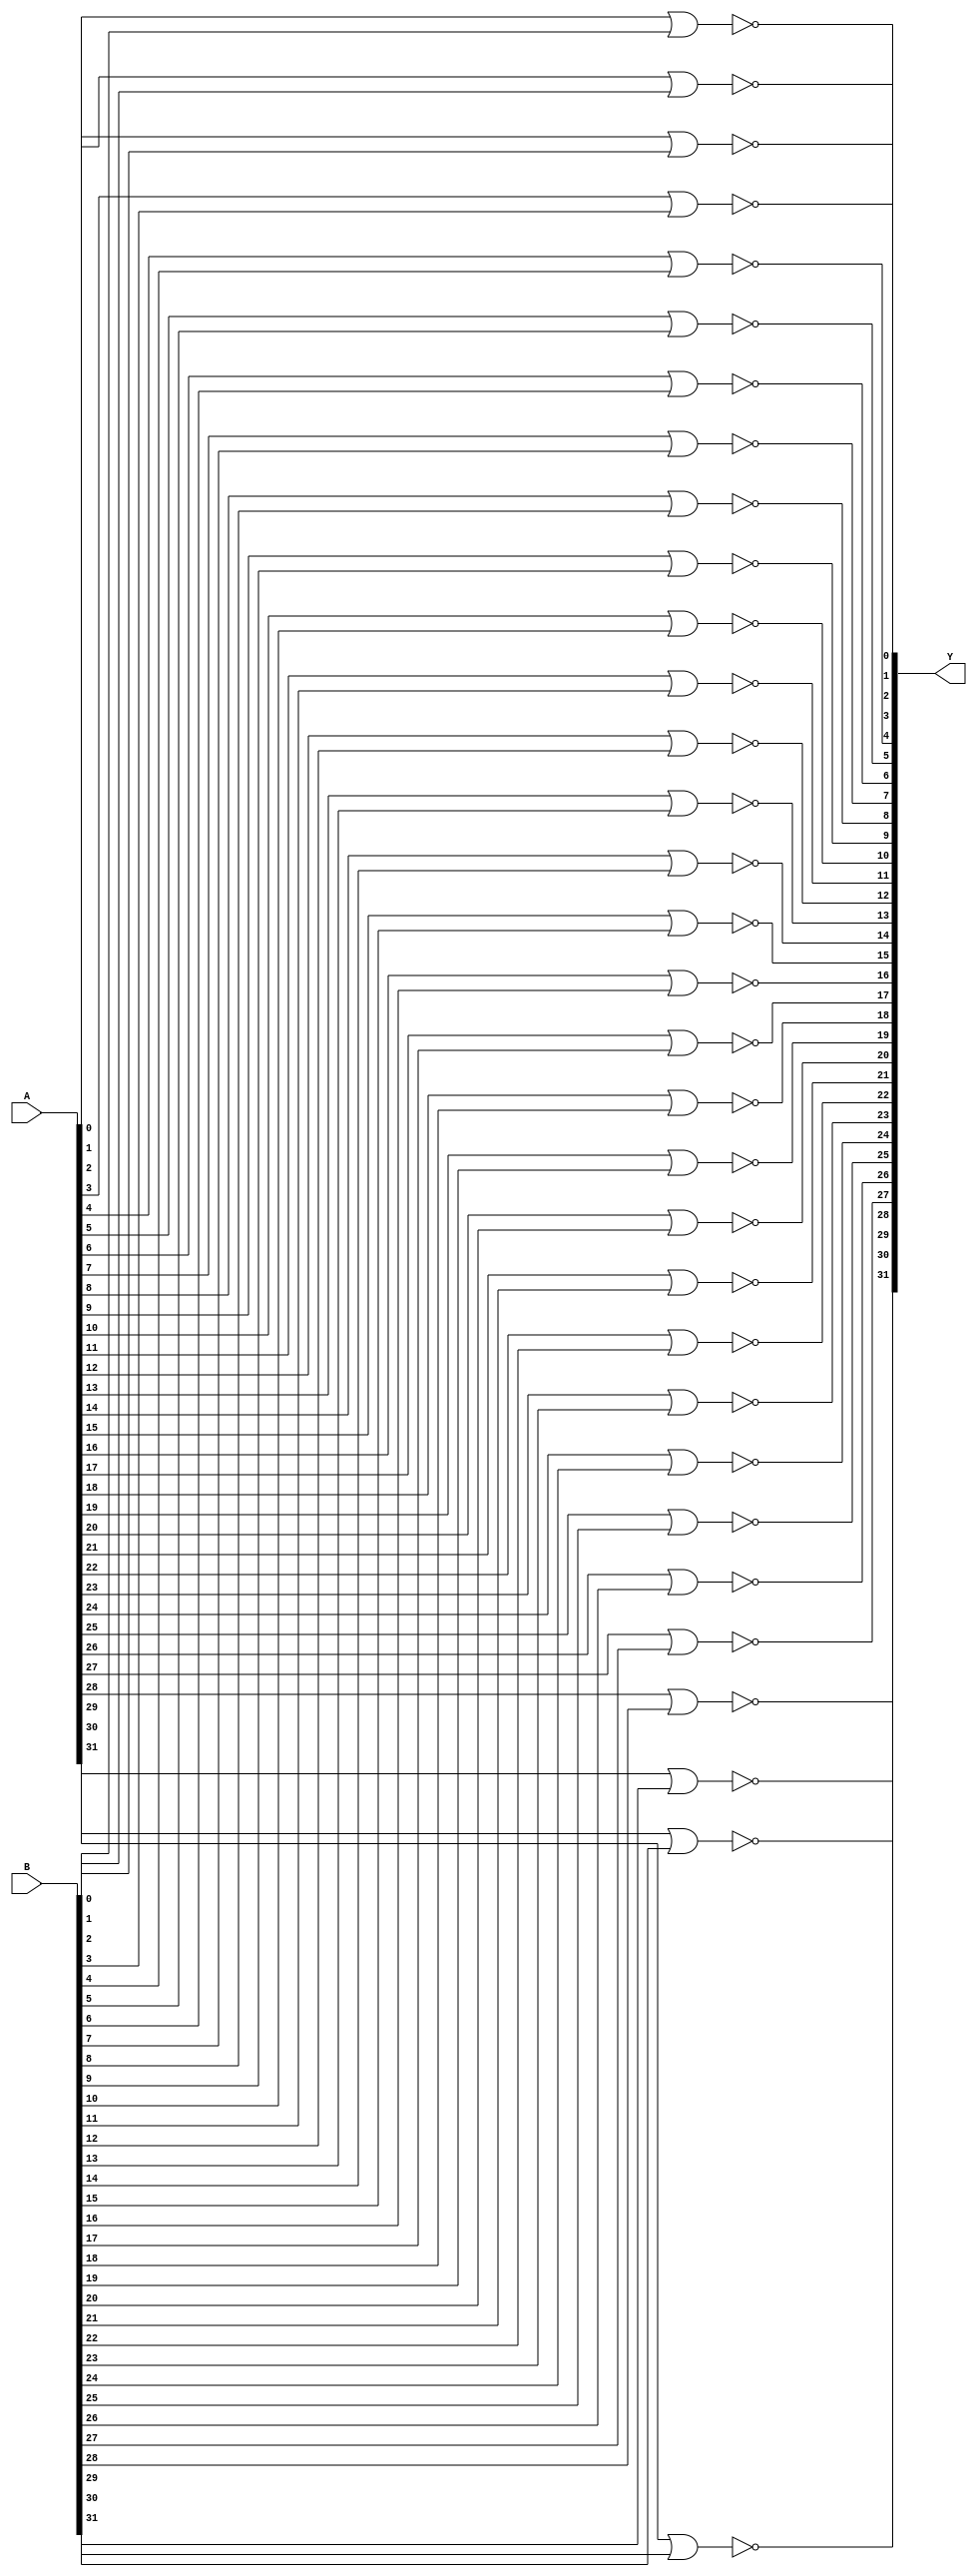
// Name: logic_32_bit.v
// Module: NOR32
//         AND32
//         INV32
//         OR32
//
// Input: 32-bit A
//        32-bit B
//
// Output:32-bit Y
//
// Notes: Common definitions
//
//
// Revision History:
//
// Version	Date		Who		email			note
//------------------------------------------------------------------------------------------
//  1.0     Sep 02, 2014	Kaushik Patra	kpatra@sjsu.edu		Initial creation
//  2.0     Nov 29, 2018  Keonwoong Min keonwoong@sjsu.edu Implemented 32bit nor, and, inv, and or in gate level
//------------------------------------------------------------------------------------------
//
// 32-bit NOR
module NOR32(Y,A,B);
//output
output [31:0] Y;
//input
input [31:0] A;
input [31:0] B;
// TBD
nor nor_inst_1(Y[0], A[0], B[0]);
nor nor_inst_2(Y[1], A[1], B[1]);
nor nor_inst_3(Y[2], A[2], B[2]);
nor nor_inst_4(Y[3], A[3], B[3]);
nor nor_inst_5(Y[4], A[4], B[4]);
nor nor_inst_6(Y[5], A[5], B[5]);
nor nor_inst_7(Y[6], A[6], B[6]);
nor nor_inst_8(Y[7], A[7], B[7]);
nor nor_inst_9(Y[8], A[8], B[8]);
nor nor_inst_10(Y[9], A[9], B[9]);
nor nor_inst_11(Y[10], A[10], B[10]);
nor nor_inst_12(Y[11], A[11], B[11]);
nor nor_inst_13(Y[12], A[12], B[12]);
nor nor_inst_14(Y[13], A[13], B[13]);
nor nor_inst_15(Y[14], A[14], B[14]);
nor nor_inst_16(Y[15], A[15], B[15]);
nor nor_inst_17(Y[16], A[16], B[16]);
nor nor_inst_18(Y[17], A[17], B[17]);
nor nor_inst_19(Y[18], A[18], B[18]);
nor nor_inst_20(Y[19], A[19], B[19]);
nor nor_inst_21(Y[20], A[20], B[20]);
nor nor_inst_22(Y[21], A[21], B[21]);
nor nor_inst_23(Y[22], A[22], B[22]);
nor nor_inst_24(Y[23], A[23], B[23]);
nor nor_inst_25(Y[24], A[24], B[24]);
nor nor_inst_26(Y[25], A[25], B[25]);
nor nor_inst_27(Y[26], A[26], B[26]);
nor nor_inst_28(Y[27], A[27], B[27]);
nor nor_inst_29(Y[28], A[28], B[28]);
nor nor_inst_30(Y[29], A[29], B[29]);
nor nor_inst_31(Y[30], A[30], B[30]);
nor nor_inst_32(Y[31], A[31], B[31]);
endmodule

// 32-bit AND
module AND32(Y,A,B);
//output
output [31:0] Y;
//input
input [31:0] A;
input [31:0] B;
// TBD
and and_inst_1(Y[0], A[0], B[0]);
and and_inst_2(Y[1], A[1], B[1]);
and and_inst_3(Y[2], A[2], B[2]);
and and_inst_4(Y[3], A[3], B[3]);
and and_inst_5(Y[4], A[4], B[4]);
and and_inst_6(Y[5], A[5], B[5]);
and and_inst_7(Y[6], A[6], B[6]);
and and_inst_8(Y[7], A[7], B[7]);
and and_inst_9(Y[8], A[8], B[8]);
and and_inst_10(Y[9], A[9], B[9]);
and and_inst_11(Y[10], A[10], B[10]);
and and_inst_12(Y[11], A[11], B[11]);
and and_inst_13(Y[12], A[12], B[12]);
and and_inst_14(Y[13], A[13], B[13]);
and and_inst_15(Y[14], A[14], B[14]);
and and_inst_16(Y[15], A[15], B[15]);
and and_inst_17(Y[16], A[16], B[16]);
and and_inst_18(Y[17], A[17], B[17]);
and and_inst_19(Y[18], A[18], B[18]);
and and_inst_20(Y[19], A[19], B[19]);
and and_inst_21(Y[20], A[20], B[20]);
and and_inst_22(Y[21], A[21], B[21]);
and and_inst_23(Y[22], A[22], B[22]);
and and_inst_24(Y[23], A[23], B[23]);
and and_inst_25(Y[24], A[24], B[24]);
and and_inst_26(Y[25], A[25], B[25]);
and and_inst_27(Y[26], A[26], B[26]);
and and_inst_28(Y[27], A[27], B[27]);
and and_inst_29(Y[28], A[28], B[28]);
and and_inst_30(Y[29], A[29], B[29]);
and and_inst_31(Y[30], A[30], B[30]);
and and_inst_32(Y[31], A[31], B[31]);
endmodule

// 32-bit inverter
module INV32(Y,A);
//output
output [31:0] Y;
//input
input [31:0] A;
// TBD
not inv_inst_1(Y[0], A[0]);
not inv_inst_2(Y[1], A[1]);
not inv_inst_3(Y[2], A[2]);
not inv_inst_4(Y[3], A[3]);
not inv_inst_5(Y[4], A[4]);
not inv_inst_6(Y[5], A[5]);
not inv_inst_7(Y[6], A[6]);
not inv_inst_8(Y[7], A[7]);
not inv_inst_9(Y[8], A[8]);
not inv_inst_10(Y[9], A[9]);
not inv_inst_11(Y[10], A[10]);
not inv_inst_12(Y[11], A[11]);
not inv_inst_13(Y[12], A[12]);
not inv_inst_14(Y[13], A[13]);
not inv_inst_15(Y[14], A[14]);
not inv_inst_16(Y[15], A[15]);
not inv_inst_17(Y[16], A[16]);
not inv_inst_18(Y[17], A[17]);
not inv_inst_19(Y[18], A[18]);
not inv_inst_20(Y[19], A[19]);
not inv_inst_21(Y[20], A[20]);
not inv_inst_22(Y[21], A[21]);
not inv_inst_23(Y[22], A[22]);
not inv_inst_24(Y[23], A[23]);
not inv_inst_25(Y[24], A[24]);
not inv_inst_26(Y[25], A[25]);
not inv_inst_27(Y[26], A[26]);
not inv_inst_28(Y[27], A[27]);
not inv_inst_29(Y[28], A[28]);
not inv_inst_30(Y[29], A[29]);
not inv_inst_31(Y[30], A[30]);
not inv_inst_32(Y[31], A[31]);
endmodule

// 32-bit OR
module OR32(Y,A,B);
//output
output [31:0] Y;
//input
input [31:0] A;
input [31:0] B;

wire [31:0] norOut;
// TBD
NOR32 nor32_inst_1(.Y(norOut),.A(A),.B(B));
INV32 inv32_inst_1(.Y(Y),.A(norOut));
endmodule